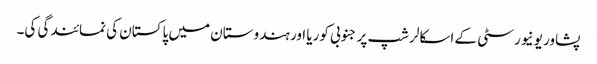
پشاور یونیورسٹی کے اسکالرشپ پر جنوبی کوریا اور ہندوستان میں پاکستان کی نمائندگی کی۔